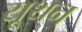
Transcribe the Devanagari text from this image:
यूथन